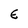
Character: E